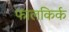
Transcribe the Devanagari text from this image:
फालकिर्क